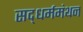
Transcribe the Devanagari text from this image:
सद्‌धर्ममंथन